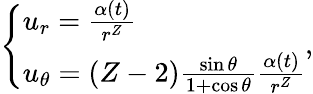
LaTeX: \left\{ \begin{array}{l}{u_{r}=\frac{\alpha(t)}{r^{Z}}}\\ {u_{\theta}=(Z-2)\frac{\sin\theta}{1+\cos\theta}\frac{\alpha(t)}{r^{Z}}}\end{array}\right.,